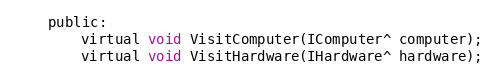
Language: C
    public:
        virtual void VisitComputer(IComputer^ computer);
        virtual void VisitHardware(IHardware^ hardware);